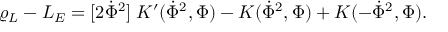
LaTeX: \varrho _ { L } - { \cal L } _ { E } = [ 2 \dot { \Phi } ^ { 2 } ] \; K ^ { \prime } ( \dot { \Phi } ^ { 2 } , \Phi ) - K ( \dot { \Phi } ^ { 2 } , \Phi ) + K ( - \dot { \Phi } ^ { 2 } , \Phi ) .